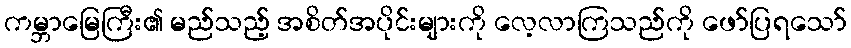
ကမ္ဘာမြေကြီး၏ မည်သည့် အစိတ်အပိုင်းများကို လေ့လာကြသည်ကို ဖော်ပြရသော်